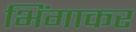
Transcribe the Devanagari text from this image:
भिंगाकर